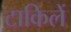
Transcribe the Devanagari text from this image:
टाकिलें